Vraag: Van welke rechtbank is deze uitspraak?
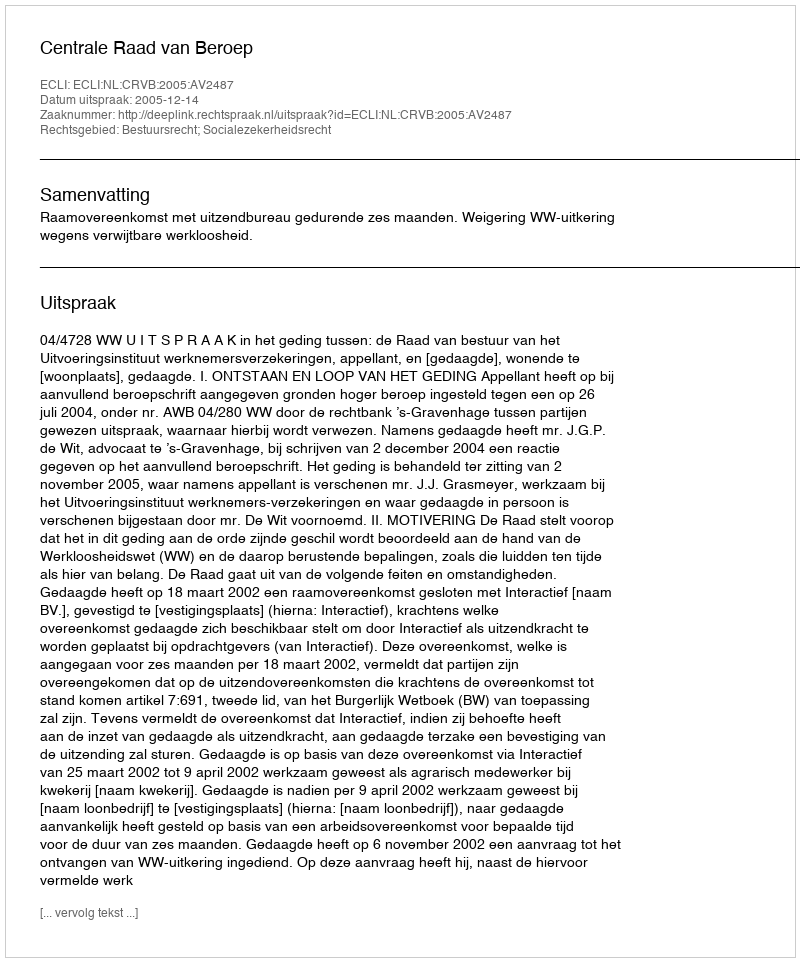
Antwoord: Centrale Raad van Beroep